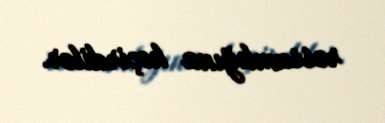
rəssamlığına keçirdilər.